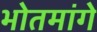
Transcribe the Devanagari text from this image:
भोतमांगे